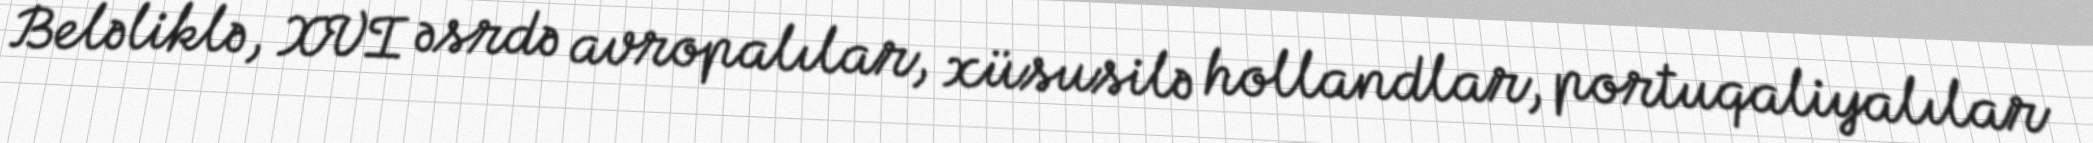
Beləliklə, XVI əsrdə avropalılar, xüsusilə hollandlar, portuqaliyalılar